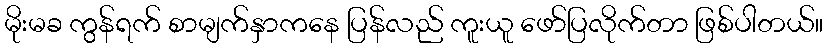
မိုးမခ ကွန်ရက် စာမျက်နှာကနေ ပြန်လည် ကူးယူ ဖော်ပြလိုက်တာ ဖြစ်ပါတယ်။